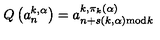
Q \left( a _ { n } ^ { k , \alpha } \right) = a _ { n + s ( k , \alpha ) { \mathrm { m o d } } k } ^ { k , \pi _ { k } ( \alpha ) }